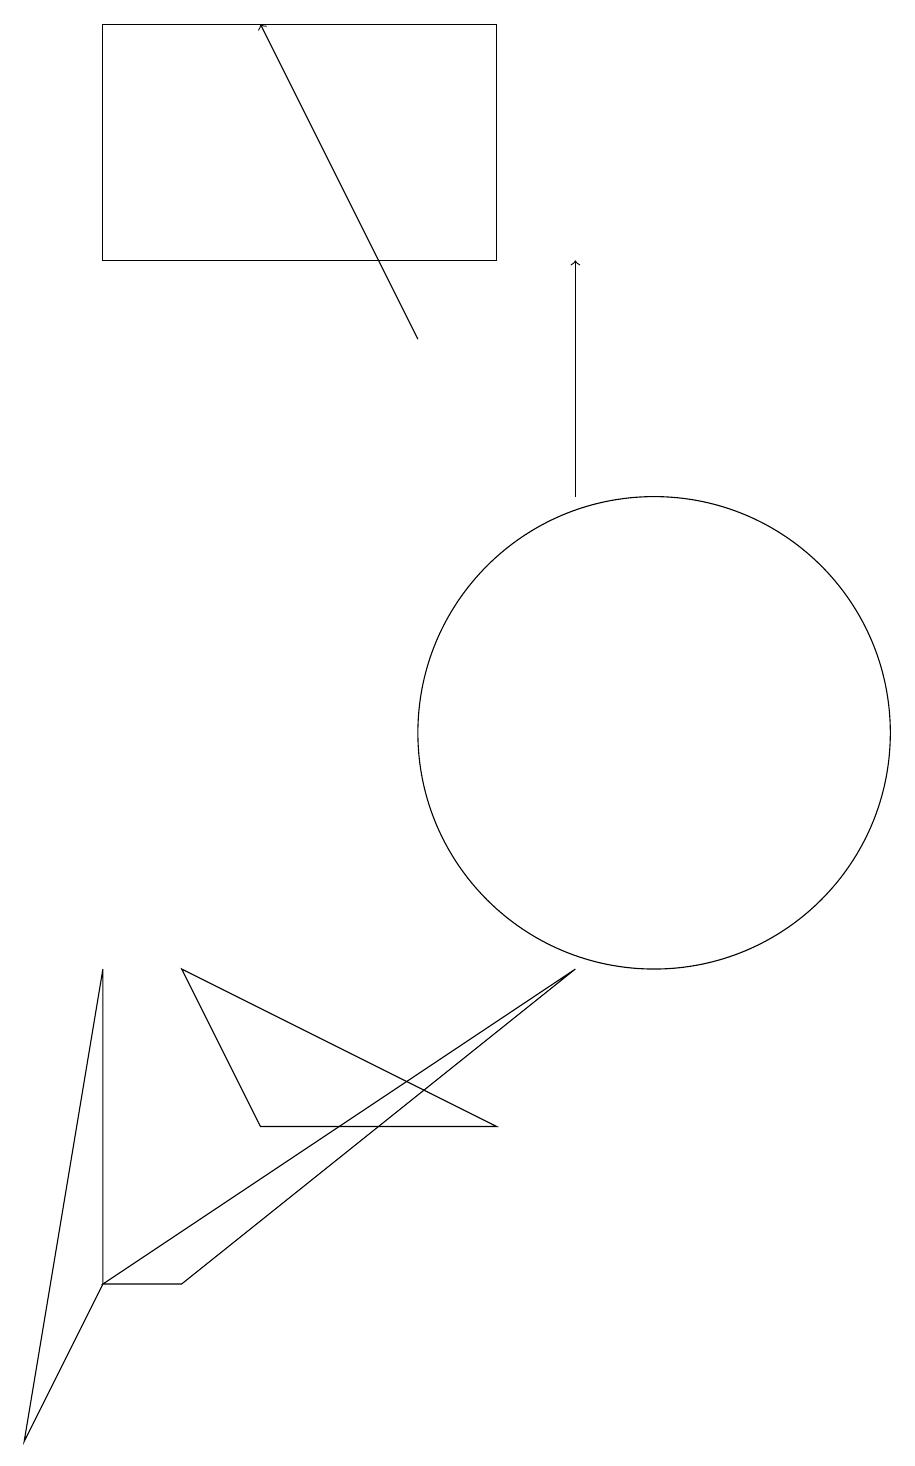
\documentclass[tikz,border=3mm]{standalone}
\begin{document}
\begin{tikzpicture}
\draw (8,16) rectangle (3,19);
\draw[->] (7,15) -- (5,19);
\draw (4,3) -- (9,7) -- (3,3) -- cycle;
\draw (2,1) -- (3,7) -- (3,3) -- cycle;
\draw (10,10) circle (3);
\draw (4,7) -- (8,5) -- (5,5) -- cycle;
\draw[->] (9,13) -- (9,16);
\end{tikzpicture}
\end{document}